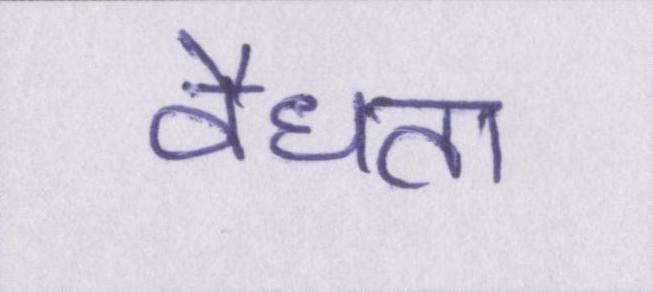
वैधता